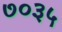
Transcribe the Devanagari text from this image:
७०३५